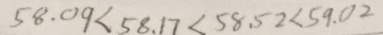
5 8 . 0 9 < 5 8 . 1 7 < 5 8 . 5 2 < 5 9 . 0 2